Sketch of the medical history of the native army of Bombay, for the year
Year: 1870
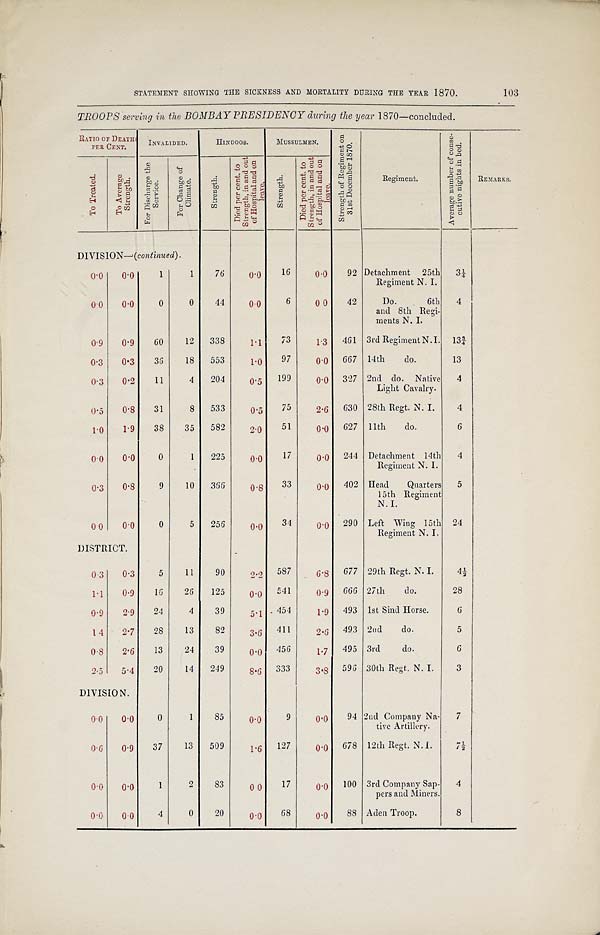
STATEMENT SHOWING THE SICKNESS AND MORTALITY DURING THE YEAR 1870.
103
TROOPS serving in the BOMBAY PRESIDENCY during the year 1870—concluded.
RATIO OF DEATHS
PER CENT.
INVALIDED.
HINDOOS.
MUSSULMEN.
S t r e n g t h o f R e g i m e n t o n
3 1 s t D e c e m b e r 1 8 7 0 .
Regiment.
A v e r a g e n u m b e r o f c o n s e -
c u t i v e n i g h t s i n b e d .
R E M A R K S .
T o T r e a t e d .
T o A v e r a g e
S t r e n g t h .
F o r D i s c h a r g e t h e
S e r v i c e .
F o r C h a r g e o f
C l i m a t e .
S t r e n g t h .
D i e d p e r c e n t . t o
S t r e n g t h , i n a n d o u t
o f H o s p i t a l a n d o nl
e a v e .
S t r e n g t h .
D i e d p e r c e n t . t o
S t r e n g t h , i n a n d o u to
f H o s p i t a l a n d o nl
e a v e .
DIVISION—( continued).
0.0
0.0
1
1
76
0.0
16
0.0
92 Detachment 25th
Regiment N. I.
3¼
0.0
0.0
0
0
44
0.0
6
0 0
42
Do.
6th
and 8th Regi-
ments N. I.
4
0.9
0.9
60
12 338
1.1
73
1.3 461 3rd Regiment N.I. 13¾
0.3
0.3
36
18 553
1.0
97
0.0 667 14th
do.
13
0.3
0.2
11
4 204
0.5 199
0.0 327 2nd do. Native
Light Cavalry.
4
0.5 0.8
31
8 533
0.5
75
2.6 630 28th Regt. N. I.
4
1.0
1.9
38
35 582
2.0
51
0.0 627 11th
do.
6
0.0
0.0
0
1 225
0.0
17
0.0 244 Detachment 14th
Regiment N. I.
4
0.3
0.8
9
10 336
0.8
33
0.0 402 Head
Quarters
15th Regiment
N. I.
5
0.0
0.0
0
5 256
0.0
34
0.0 290 Left Wing 15th
Regiment N. I.
24
DISTRICT.
0.3
0.3
5
11
90
2.2 587
6.8 677 29th Regt. N. I.
4-½
1.1
0.9
13
26
125
0.0 541
0.9 666 27th
do.
28
0.9
2.9
24
4
39
5.1 454
1.9 493 1st Sind Horse.
6
1.4
2.7
28
13
82
3.6 411
2.3 493 2nd
do.
5
0.8
2.6
13
24
39
0.0 456
1.7 495 3rd
do.
6
2.5
5.4
20
14 249
8.6 333
3.8 596 30th Regt. N. I.
3
DIVISION.
0.0 0.0
0
1
85
0.0
9
0.0
94 2nd Company Na-
tive Artillery.
7
0.6 0.9 37
13 509
1.6 127
0.0 678 12th Regt. N. I.
7 ½
0.0 0.0
1
2
83
0 0
17
0.0 100 3rd Company Sap-
pers and Miners.
4
0.0 0.0
4
0
20
0.0
68
0.0
8 8 Aden Troop.
8